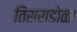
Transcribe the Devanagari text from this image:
तिसराडोळा